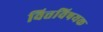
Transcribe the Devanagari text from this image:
वित्तविषयक